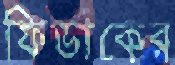
ফিডাকের